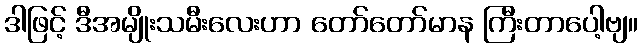
ဒါဖြင့် ဒီအမျိုးသမီးလေးဟာ တော်တော်မာန ကြီးတာပေါ့ဗျ။